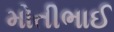
મોતીભાઈ